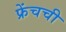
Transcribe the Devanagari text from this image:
फ्रेंचची